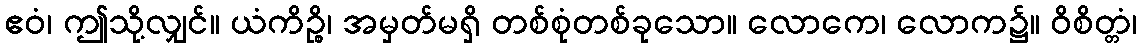
ဧဝံ၊ ဤသို့လျှင်။ ယံကိဉ္စိ၊ အမှတ်မရှိ တစ်စုံတစ်ခုသော။ လောကေ၊ လောက၌။ ဝိစိတ္တံ၊